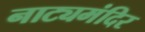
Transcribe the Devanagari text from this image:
नाट्यमंदिर